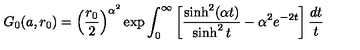
G _ { 0 } ( a , r _ { 0 } ) = \left( \frac { r _ { 0 } } 2 \right) ^ { \alpha ^ { 2 } } \exp \int _ { 0 } ^ { \infty } \left[ \frac { \sinh ^ { 2 } ( \alpha t ) } { \sinh ^ { 2 } t } - \alpha ^ { 2 } e ^ { - 2 t } \right] \frac { d t } t